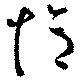
憶